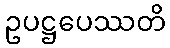
ဥပဋ္ဌပေဿတိ